General report no. 6 on the lunatic asylums, vaccination and dispensaries in the Bengal Presidency, 1873 -
Year: 1873
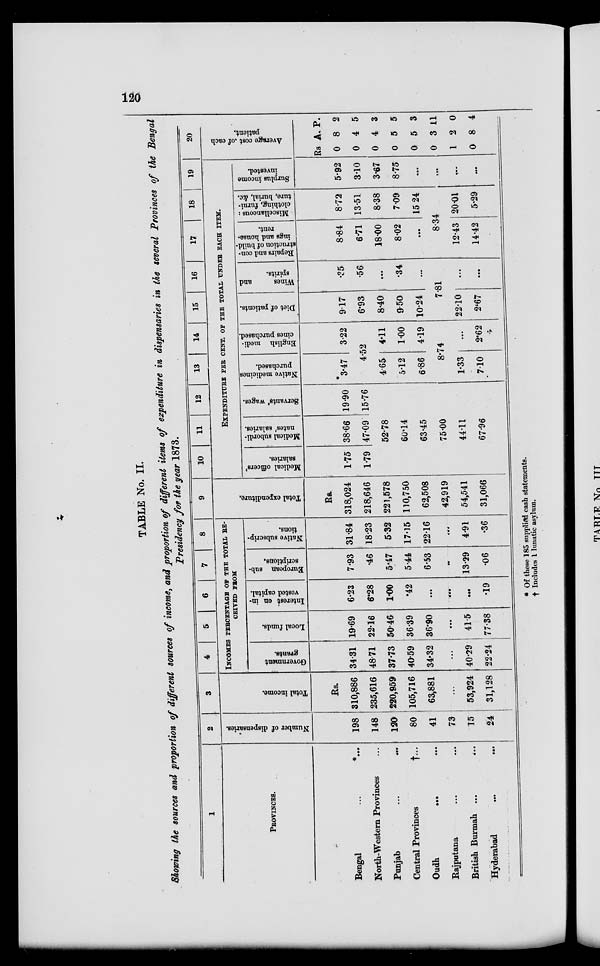
120
TABLE No. II.
Showing the sources and proportion of different sources of income, and proportion of different items of expenditure in dispensaries in the several Provinces of the Bengal
Presidency for the year 1873.
1
PROVINCES.
Bengal
...
*...
North-Western Provinces ...
Punjab ... ...
Central Provinces
†...
Oudh ... ...
Rajputana ... ...
British Burmah ...
...
Hyderabad ... ...
2
Number of dispensaries.
198
148
120
80
41
73
15
24
3
Total income.
Rs.
310,886
235,616
220,959
105,716
63,881
...
53,024
31,128
4
5
6
7
8
INCOMES PERCENTAGE OF THE TOTAL RE¬
CEIVED FROM
Government
grants.
34.31
48.71
37.73
40.59
34.32
...
40.29
22.24
Local funds.
19.69
22.16
50.46
36.39
36.90
...
41.5
77.38
Interest on in-
vested capital.
6.23
6.28
1.00
.42
...
...
...
.19
European sub-
scriptions.
7.93
.46
5.47
5.44
6.53
...
13.29
.06
Native subscrip-
tions.
31.84
18.23
5.32
17.15
22.16
...
4.91
.36
9
Total expenditure.
Rs.
318,024
218,646
221,578
110,750
62,508
42,919
54,541
31,066
10
11
12
13
14
15
16
17 18 19
EXPENDITURE PER CENT. OF THE TOTAL UNDER EACH ITEM.
Medical officers'
salaries.
1.75
1.79
Medical subordi-
nates' salaries.
38.66
47.09
Servants' wages.
19.90
15.76
52.78
60.14
63.45
75.00
44.11
67.96
Native medicines
purchased.
3.47
English medi-
cines purchased.
322
4.52
4.65
5.12
6.86
4.11
1.00
4.19
8.74
1.33
7.10
...
2.62
Diet of patients.
9.17
6.93
8.40
9.50
10.24
Wines
and
spirits.
.35
.56
...
34
...
7.81
22.10
2.67
...
...
Repairs and con-
struction of build-
ings and house?
rent.
8.84
6.71
18.00
8.02
...
Miscellaneous:
clothing, furni-
ture, burial, &c.
8.72
13.51
8.38
7.09
15.24
8.34
12.43
14.42
20.01
5.29
Surplus income
invested.
5.92
3.10
3.67
8.75
...
...
...
...
20
Average cost of each
patient.
Rs
0
0
0
0
0
0
1
0
A.
8
4
4
5
5
3
2
8
P.
2
5
3
5
3
11
0
4
* Of these 185 supplied cash statements,
† Includes 1 lunatic asylum.